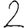
Digit: 2